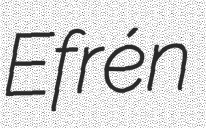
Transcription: Efrén